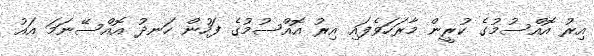
އިރު އޮއްސުމުގެ ކުރީން މާރަހަވެފައި އިރު އޮއްސުމުގެ ފަހުން ހަނދު އޮއްސޭނަމަ އައު